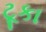
ટૂકા